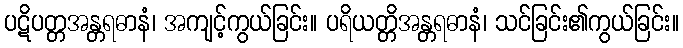
ပဋိပတ္တအန္တရဓာနံ၊ အကျင့်ကွယ်ခြင်း။ ပရိယတ္တိအန္တရဓာနံ၊ သင်ခြင်း၏ကွယ်ခြင်း။